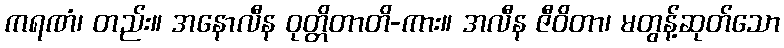
ကရဏံ၊ တည်း။ အနောလီန ဝုတ္တိတာတိ-ကား။ အလီန ဇီဝိတာ၊ မတွန့်ဆုတ်သော